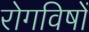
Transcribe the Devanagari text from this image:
रोगविषों